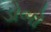
ડોબો